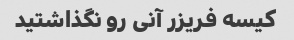
کیسه فریزر آنی رو نگذاشتید